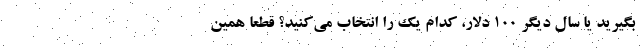
بگیرید یا سال دیگر ۱۰۰ دلار، کدام ‌یک را انتخاب می‌کنید؟ قطعاً همین